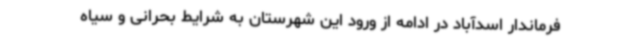
فرماندار اسدآباد در ادامه از ورود این شهرستان به شرایط بحرانی و سیاه